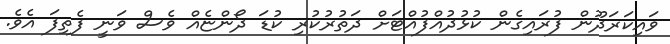
ވައިކަރަދޫން ފުރައިގެން ކުޅުދުއްފުއްޓަށް ދަތުރުކުރި ކުޑަ ދޯންޏެއް ވެސް ވަނީ ފެތިފަ އެވެ.